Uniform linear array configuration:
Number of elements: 4
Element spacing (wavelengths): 0.25
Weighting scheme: blackman
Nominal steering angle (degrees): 60
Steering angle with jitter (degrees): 60.568
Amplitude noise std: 0.05
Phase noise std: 0.05

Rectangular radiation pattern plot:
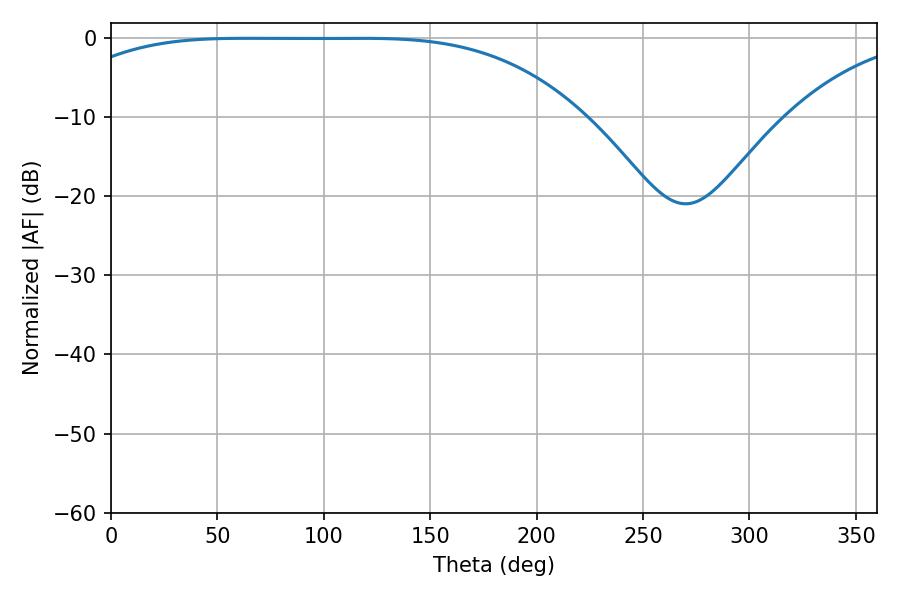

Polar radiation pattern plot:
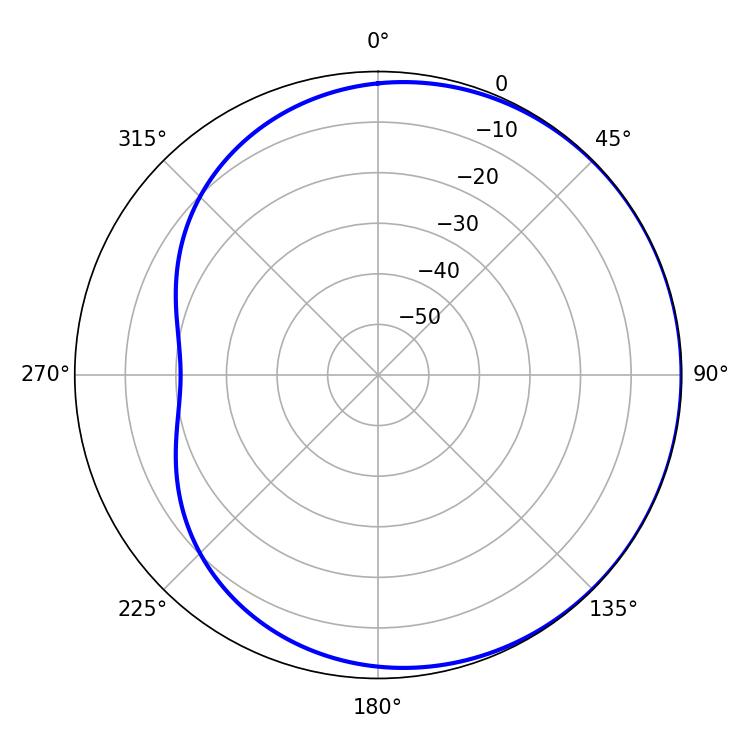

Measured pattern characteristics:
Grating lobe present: FALSE
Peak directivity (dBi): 0.5699
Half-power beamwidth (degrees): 186.12
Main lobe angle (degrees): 63.36